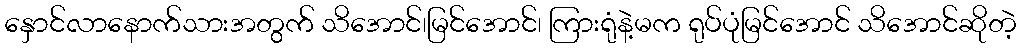
နှောင်လာနောက်သားအတွက် သိအောင်၊မြင်အောင်၊ ကြားရုံနဲ့မက ရုပ်ပုံမြင်အောင် သိအောင်ဆိုတဲ့